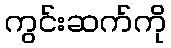
ကွင်းဆက်ကို